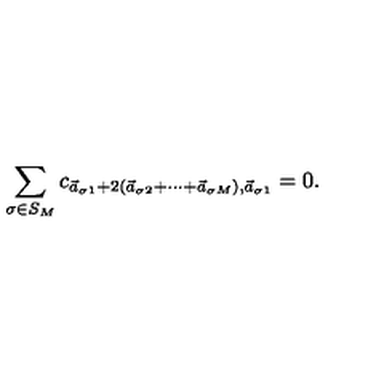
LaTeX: \sum _ { \sigma \in S _ { M } } c _ { \vec { a } _ { \sigma 1 } + 2 ( \vec { a } _ { \sigma 2 } + \cdots + \vec { a } _ { \sigma M } ) , \vec { a } _ { \sigma 1 } } = 0 .